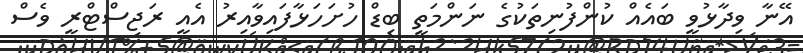
އޭނާ ވިދާޅުވީ ބައެއް ކުންފުނިތަކުގެ ނަންމަތީ ބިޑް ހުށަހަޅާފައިވާއިރު އެއީ ރަޖިސްޓްރީ ވެސް